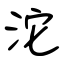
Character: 沱